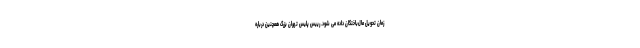
زمان تحویل مال‌باختگان داده می شود. رییس پلیس تهران بزرگ همچنین درباره